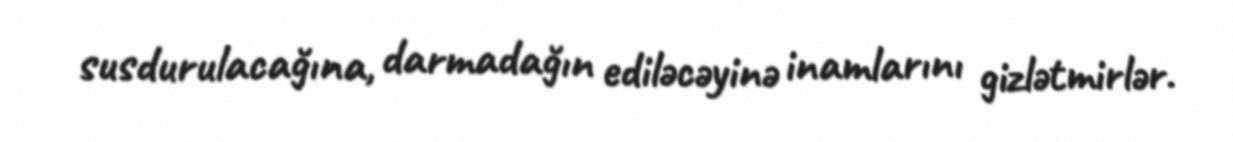
susdurulacağına, darmadağın ediləcəyinə inamlarını gizlətmirlər.